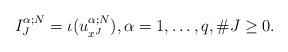
\begin{align*}I^{\alpha;N}_{J} = \iota(u^{\alpha;N}_{x^J}),\alpha=1,\ldots,q,\# J \geq 0.\end{align*}